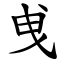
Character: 曵